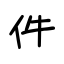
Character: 件